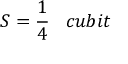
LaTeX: S = { \frac { 1 } { 4 } } \; \; \; c u b i t